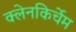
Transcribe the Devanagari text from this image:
क्लेनकिर्चेम